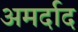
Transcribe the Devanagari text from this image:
अमर्दाद